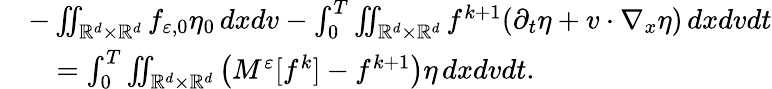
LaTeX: \begin{array}{rl}&{-\iint_{\mathbb R^{d}\times\mathbb R^{d}}f_{\varepsilon,0}\eta_{0}\, dxdv-\int_{0}^{T}\iint_{\mathbb R^{d}\times\mathbb R^{d}}f^{k+1}(\partial_{t}\eta+v\cdot\nabla_{x}\eta)\, dxdvdt}\\ &{\quad=\int_{0}^{T}\iint_{\mathbb R^{d}\times\mathbb R^{d}}\left(M^{\varepsilon}[f^{k}]-f^{k+1}\right)\eta\, dxdvdt.}\end{array}